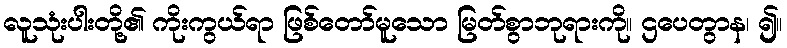
လူသုံးပါးတို့၏ ကိုးကွယ်ရာ ဖြစ်တော်မူသော မြတ်စွာဘုရားကို။ ဌပေတွာန၊ ၍။